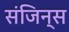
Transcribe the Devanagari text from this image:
संजिन्स